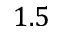
1 . 5